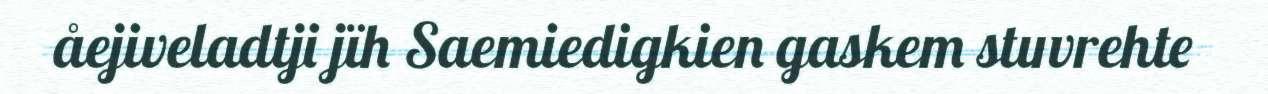
åejiveladtji jïh Saemiedigkien gaskem stuvrehte